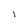
Character: l